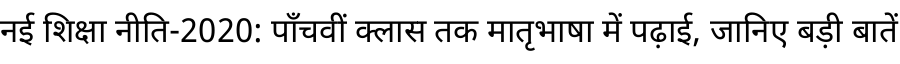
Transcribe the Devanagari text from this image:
नई शिक्षा नीति-2020: पाँचवीं क्लास तक मातृभाषा में पढ़ाई, जानिए बड़ी बातें